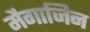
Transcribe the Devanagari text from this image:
मैगाजिन